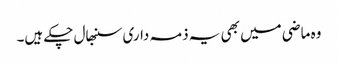
وہ ماضی میں بھی یہ ذمہ داری سنبھال چکے ہیں۔